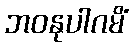
ဘဝနုပါဂမိံ